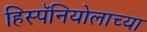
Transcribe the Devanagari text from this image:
हिस्पॅनियोलाच्या